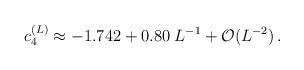
LaTeX: \begin{align*}c_4^{(L)} \approx -1.742 + 0.80 \;L^{-1} +{\cal O} (L^{-2})\,.\end{align*}